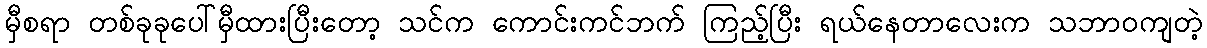
မှီစရာ တစ်ခုခုပေါ်မှီထားပြီးတော့ သင်က ကောင်းကင်ဘက် ကြည့်ပြီး ရယ်နေတာလေးက သဘာဝကျတဲ့